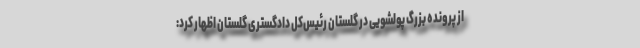
از پرونده بزرگ پولشویی در گلستان رئیس‌کل دادگستری گلستان اظهار کرد: